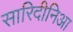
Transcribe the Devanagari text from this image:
सारिदीनिआ